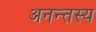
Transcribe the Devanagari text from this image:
अनन्तस्य